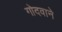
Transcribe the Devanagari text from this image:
गोदवाने